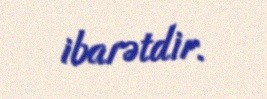
ibarətdir.